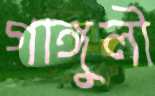
গাঙ্গুলী